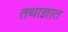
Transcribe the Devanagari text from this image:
तथाज्ञात